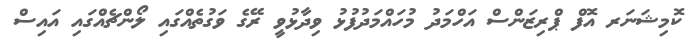
ކޮމިޝަނަރ އޮފް ޕްރިޒަންސް އަހްމަދު މުހައްމަދުފުޅު ވިދާޅުވީ ރޭގެ ވަގުތެއްގައި ލޯންޗެއްގައި އައިސް